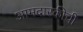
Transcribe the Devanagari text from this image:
आमदारकीची